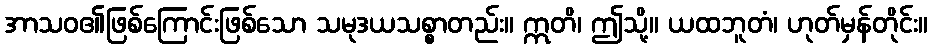
အာသဝ၏ဖြစ်ကြောင်းဖြစ်သော သမုဒယသစ္စာတည်း။ ဣတိ၊ ဤသို့။ ယထဘူတံ၊ ဟုတ်မှန်တိုင်း။